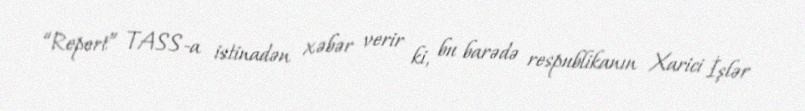
“Report” TASS-a istinadən xəbər verir ki, bu barədə respublikanın Xarici İşlər